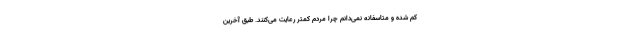
کم شده و متاسفانه نمی‌دانم چرا مردم کمتر رعایت می‌کنند. طبق آخرین